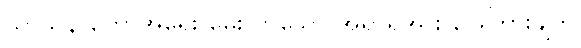
သာသနာတော်အရေး မေးလာသော အရာရှိအား ဖြေကြားချက်